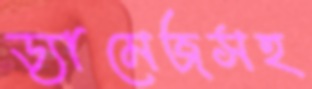
ড্যামেজসহ